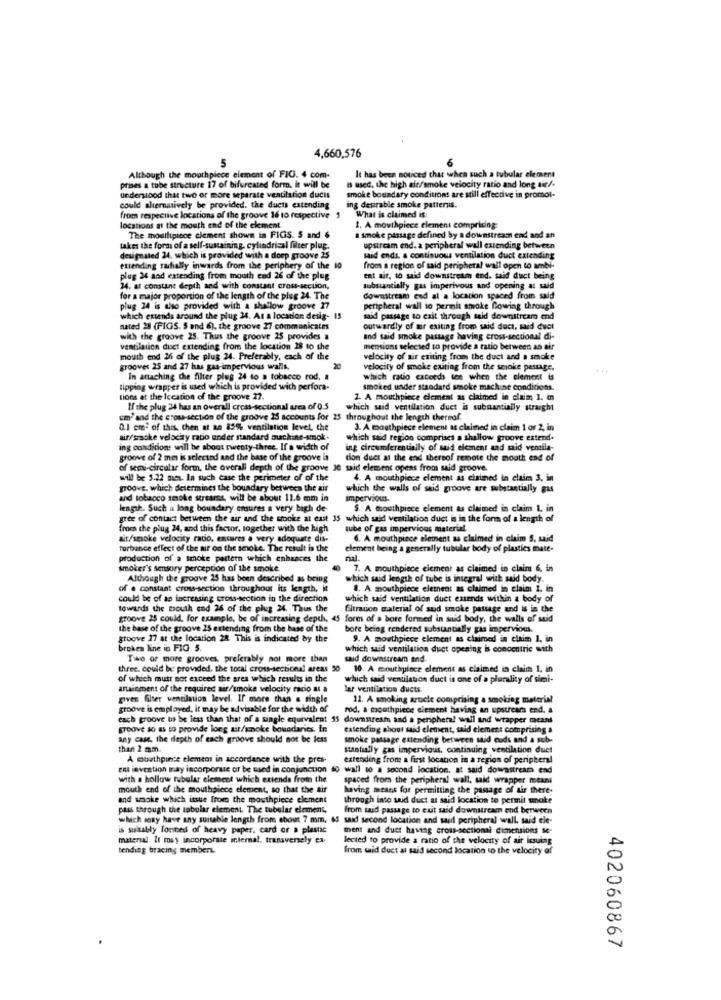
4,660,576
5
6
It has been noticed that when such a tubular element
Although the mouthpiece element of FIG. 4 com.
is used. the high alt/smoke velocity ratio and long air/-
prises a tube structure 17 of bifurcated form. it will be
smoke boundary conditions are still effective in promol-
understood that two or more separate ventilation ducts
could alternatively be provided. the ducts extending
ing desirable smoke patternis.
from respective locations of the groove 16 10 respective
What is claimed is:
locations at the mouth end of the element.
1. A mouthpiece element compricing
The mouthpiece clement shown in FIGS. S and $
a Smoke passage defined by a downstream end and an
takes the form of a self-sustaining, cylindrical filter plug-
upstream end. a peripheral wall extending between
designated 24. which is provided with a domp groove 25
said ends, a continuous ventilation duct extending
extending mahially inwards from the periphery of the io
from a region of said peripheral wall open to ambi-
plug 24 and extending from mouth end 26 of the plug
ent ait, to said downstream end. said duct being
24, at constant depth and with constant cross-section,
substantially gas imperivous and opening at said
for a major proportion of the length of the plug 24. The
downstream end at a location spaced from said
plug 24 is also provided with a shallow groove 27
peripheral wall to permit smoke flowing through
which extends around the plug 24. At a location desig- 15
mid passage to exit through said downstream end
aated 28 (FIGS. 5 and 6), the groove 27 communicates
outwardly of air exiting from said doct, said duct
with the groove 25. Thus the groove 25 provides a
and said smoke passage having cross-sectional di-
ventilation duct extending from the location 28 to the
mensions selected to provide a tatio between an air
mouth end 26 of the plug 24. Preferably, each of the
velocity of air exiting from the duct and a smoke
grooves 25 and 27 has gas-impervious walls.
velocity of smoke exiting from the smoke passage.
In attaching the filter plug 24 to a tobacco rod. a
which ratio cacoeds ten when the element is
lipping wrapper is used which is provided with perfora-
smoked under standard smoke machine conditions.
tions at the Iceation of the groove 22.
2. A mouthpiece element as claimed in claim 1. in
If the plug 24 has an overall cross-sectional urea of 0 5
which said ventilation duct is submantially straight
um' and the cross-section of the groove 25 accounts for 25 throughout the length thereof.
0.1 cm2 of this, then at an 85% ventilation level, the
3. A mouthpiece element as claimed in claim 1 or 2, in
air/smoke velocity ratio under standard machine-smok.
which said region comprises a shallow groove extend.
ing conditions will be about twenty-three. If a width of
ing circumferentially of said element and said ventila-
groove of 2 mm is selected and the base of the groove is
tion duct at the end thereof remote the mouth end of
of semi circular form, the overall depth of the groove Je said element opens from said groove.
will be 5.22 mm. In such case the perimeter of of the
4. A mouthpiece clement as claimed in claim 3. in
groove, which determines the boundary between the air
which the walls of said groove are substantially gas
and tobacco smoke stresrss, will be about 11.6 mm in
Impervious.
length. Such as long boundary ensures a very high de-
$. A mouthpiece element as claimed in claim 1. in
gree of contact between the air and the stooke at exit 35 which said ventilation duct is in the form of a length of
from the plug 24, and this factor, together with the high
sube of gas impervious material.
ait/smoke velocity rado, ensures a very adequate dis-
6. A mouthpiece element as claimed in claim S, said
turbance effect of the air on the smoke. The result in the
clement being a generally tubular body of plastics mate-
production of a smoke pattern which enhances the
smoker's sensory perception of the smoke
7. A mouthpiece element as claimed in claim 6, in
Although the groove 25 has been described as being
which said length of tube is integral with said body.
of a constant cross-section throughout its length, it
8. A mouthpiece element as claimed in claim 1, in
could be of as increasing cross-section in the direction
which said ventilation duet extends within a body of
towards the mouth end 26 of the phig 24. Thus the
filtrauce material of said smoke passage and is in the
groove 25 could, for example, be of increasing depth, 45 form of a bore formed in sud body, the walls of said
the base of the groove 25 extending from the base of the
bore being rendered substantially gas impervious.
groove 17 at the location 28 This is indicated by the
9. A mouthpiece element as claimed in claim 1, in
broken line in FIG. 5.
which said ventilation duet opening is concentric with
Two or more grooves, preferably nol more than
said downstream and.
three. could be provided, the total cross-sectional areas 50
10. A mouthpiece clement as claimed in claim 1. in
of which must not exceed the area which results in the
which said ventilation duct is one of a plurality of simi-
artainment of the required air/smoke velocity racio ut a
lar ventilation ducts
given filter ventilation level. If more than a single
11. A smoking article comprising a smoking material
groove is employed, it may be advisable for the width of
rod, a mouthpiece element having an upstream end. a
each groove us be less than that of a single equivalent 35 downsresm and a peripheral wall and wrapper means
groove so as to provide long air/smoke boundaries. In
extending shoot said element, said element comprising a
any case, the depth of each groove should not be less
smoke passage extending between said euds and a sub-
than 2 mm
stantially gas impervious, continuing ventilation duet
A mouthpiece element in accordance with the pres-
extending from a first locanon in a region of peripheral
em invention may incorporate of be saed in conjunction do wall 10 a second location, at said downstream end
with a hollow tubular element which extends from the
spaced from the peripheral wall, said wrapper mitani
mouth end of the mouthpiece element, so that the air
having means for permitting the passage of air there-
and smoke which itsue from the mouthpiece element
through into said duct at said location to permit smoke
pass through the tobolar element. The tubular element,
from said passage to exit said downstream end berween
which sony have any suitable length from about 7 mm. 65 said second location and said peripheral wall. said ele-
is suitably fonted of heavy paper, card or a plastic
ment and duet having cross-sectional dimensions se-
material. It may incorporate internal. transversely ex
lected to provide a ratio of the velocity of air issuing
tending bracing members.
from said duct at said second location to the velocity of
402060867